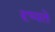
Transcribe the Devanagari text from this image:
दृष्यते